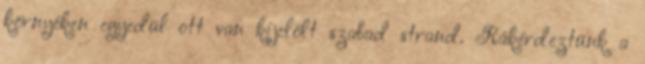
környéken egyedül ott van kijelölt szabad strand. Rákérdeztünk a